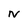
Character: N